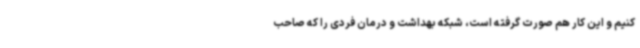
کنیم و این کار هم صورت گرفته است، شبکه بهداشت و درمان فردی را که صاحب